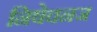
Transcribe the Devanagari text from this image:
निषेचनज